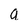
Character: a